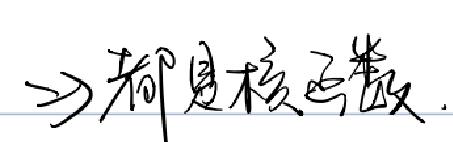
$\Rightarrow$都是核函数.